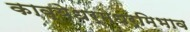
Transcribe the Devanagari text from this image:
काव्येधर्मधर्मिभाव